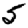
Digit: 5